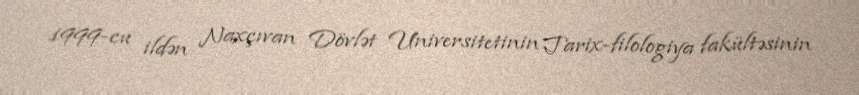
1999-cu ildən Naxçıvan Dövlət Universitetinin Tarix-filologiya fakültəsinin